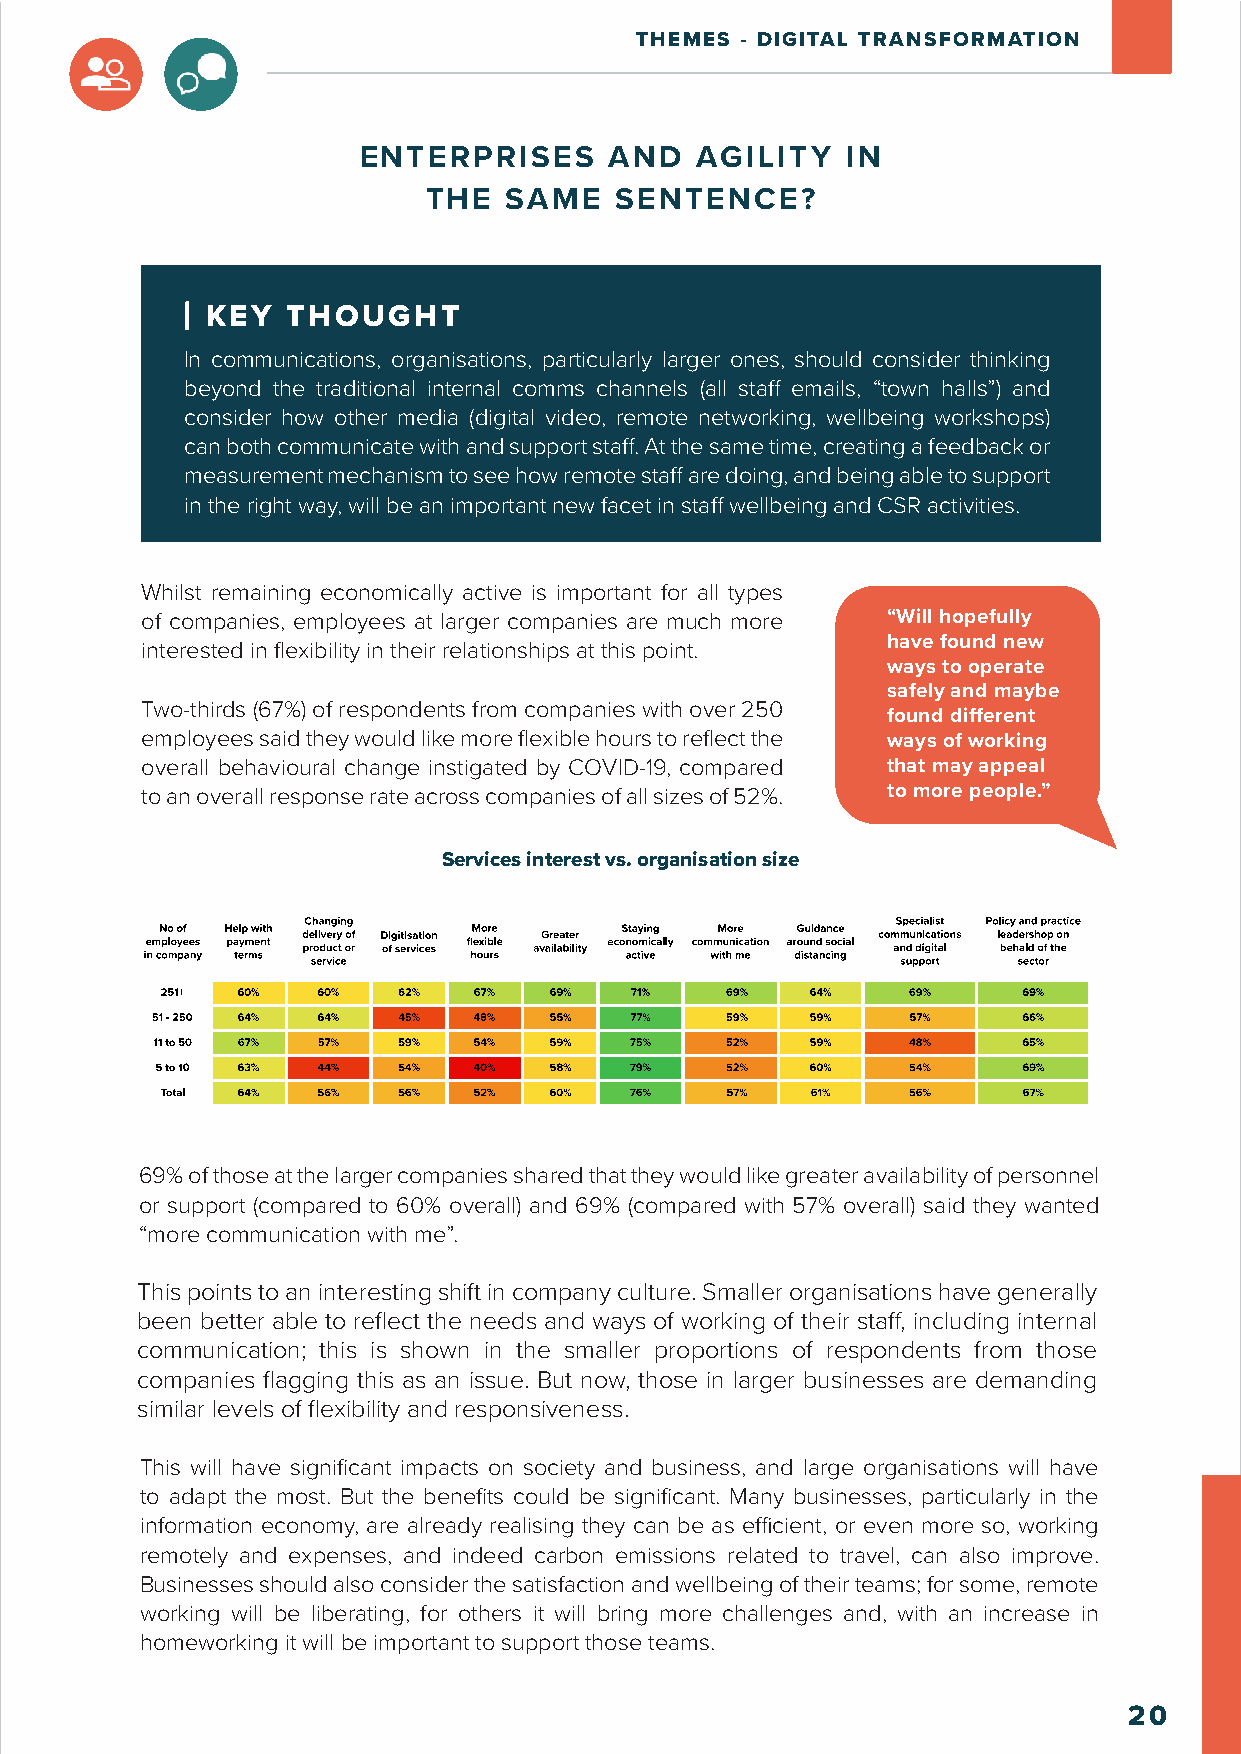
THEMES - DIGITAL TRANSFORMATION
 ENTERPRISES     AND   AGILITY   IN
 THE  SAME    SENTENCE?
 KEY  THOUGHT
 In communications, organisations, particularly larger ones, should consider thinking
 beyond the traditional internal comms channels (all staff emails, “town halls”) and
 consider how other media (digital video, remote networking, wellbeing workshops)
 can both communicate with and support staff. At the same time, creating a feedback or
 measurement mechanism to see how remote staff are doing, and being able to support
 in the right way, will be an important new facet in staff wellbeing and CSR activities.
 Whilst remaining economically active is important for all types
 of companies, employees at larger companies are much more “Will hopefully
 have found new
 interested in flexibility in their relationships at this point.
 ways to operate
 safely and maybe
 Two-thirds (67%) of respondents from companies with over 250
 found different
 employees said they would like more flexible hours to reflect the ways of working
 overall behavioural change instigated by COVID-19, compared that may appeal
 to an overall response rate across companies of all sizes of 52%. to more people.”
 Services interest vs. organisation size
 69% of those at the larger companies shared that they would like greater availability of personnel
 or support (compared to 60% overall) and 69% (compared with 57% overall) said they wanted
 “more communication with me”.
 This points to an interesting shift in company culture. Smaller organisations have generally
 been better able to reflect the needs and ways of working of their staff, including internal
 communication; this is shown in the smaller proportions of respondents from those
 companies flagging this as an issue. But now, those in larger businesses are demanding
 similar levels of flexibility and responsiveness.
 This will have significant impacts on society and business, and large organisations will have
 to adapt the most. But the benefits could be significant. Many businesses, particularly in the
 information economy, are already realising they can be as efficient, or even more so, working
 remotely and expenses, and indeed carbon emissions related to travel, can also improve.
 Businesses should also consider the satisfaction and wellbeing of their teams; for some, remote
 working will be liberating, for others it will bring more challenges and, with an increase in
 homeworking it will be important to support those teams.
 20